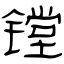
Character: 镗